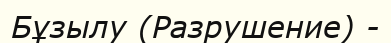
Бұзылу (Разрушение) -